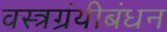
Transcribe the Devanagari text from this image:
वस्त्रग्रंथीबंधन